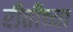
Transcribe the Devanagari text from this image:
रीतीच्या